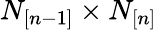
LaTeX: N_{[n-1]}\times N_{[n]}